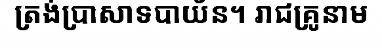
ត្រង់ប្រាសាទបាយ័ន។ រាជគ្រូនាម